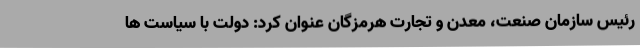
رئیس سازمان صنعت، معدن و تجارت هرمزگان عنوان کرد: دولت با سیاست ها